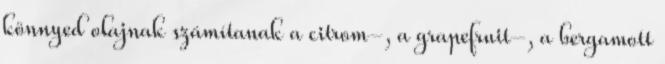
könnyed olajnak számítanak a citrom-, a grapefruit-, a bergamott